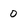
Character: 0